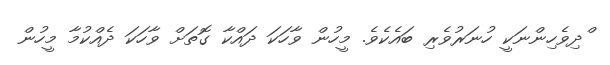
ްދިވެހިންނަކީ ހުނަރުވެރި ބައެކެވެ. މީހުން ވާހަކަ ދައްކާ ގޮތަށް ވާހަކަ ދެއްކުމާ މީހުން